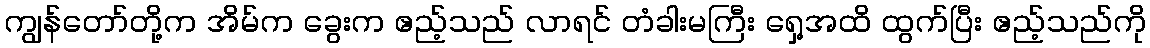
ကျွန်တော်တို့က အိမ်က ခွေးက ဧည့်သည် လာရင် တံခါးမကြီး ရှေ့အထိ ထွက်ပြီး ဧည့်သည်ကို